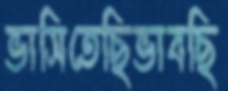
ভাসিতেছিভাবছি